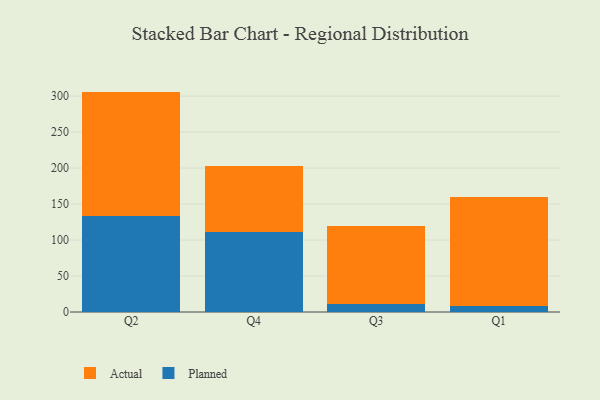
{"axis": {"x": "Quarter", "y": "Latency (ms)"}, "legend": ["Actual", "Planned"], "data": [{"x": "Q2", "y": 133.1, "type": "Planned"}, {"x": "Q2", "y": 173.1, "type": "Actual"}, {"x": "Q4", "y": 111.8, "type": "Planned"}, {"x": "Q4", "y": 90.9, "type": "Actual"}, {"x": "Q3", "y": 10.9, "type": "Planned"}, {"x": "Q3", "y": 108.7, "type": "Actual"}, {"x": "Q1", "y": 8.2, "type": "Planned"}, {"x": "Q1", "y": 152.2, "type": "Actual"}]}